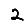
Digit: 2